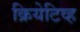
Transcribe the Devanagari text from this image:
क्रियेटिव्ह